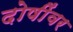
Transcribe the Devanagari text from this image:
दोषींवर